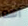
اهه